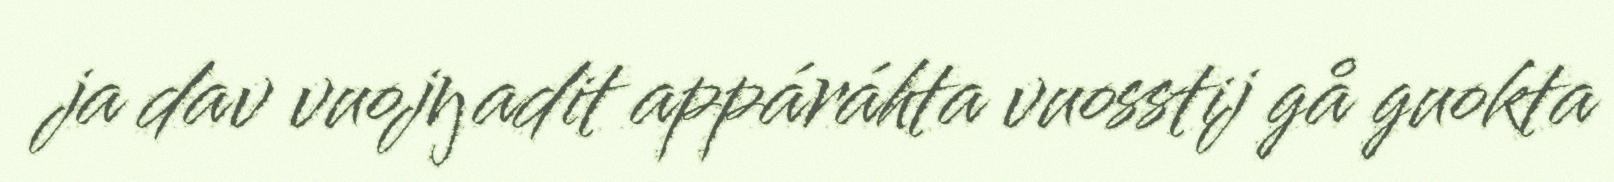
ja dav vuojŋadit appáráhta vuosstij gå guokta